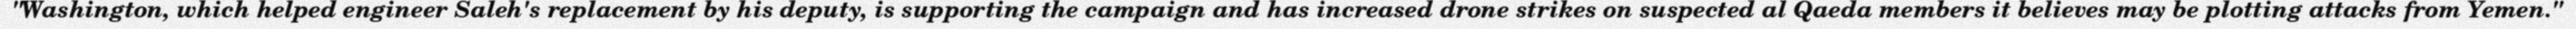
"Washington, which helped engineer Saleh's replacement by his deputy, is supporting the campaign and has increased drone strikes on suspected al Qaeda members it believes may be plotting attacks from Yemen."